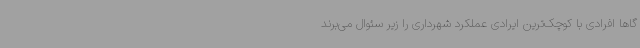
گاها افرادی با کوچک‌ترین ایرادی عملکرد شهرداری را زیر سئوال می‌برند